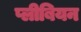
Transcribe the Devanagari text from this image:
प्लीबियन